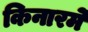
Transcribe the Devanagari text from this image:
किनारमे